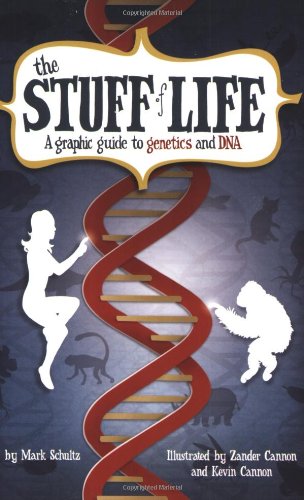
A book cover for The Stuff of Life: A Graphic Guide to Genetics and DNA; Mark Schultz; Comics & Graphic Novels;